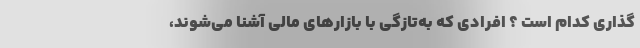
گذاری کدام است ؟ افرادی که به‌تازگی با بازارهای مالی آشنا می‌شوند،